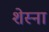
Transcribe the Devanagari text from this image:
शेस्ना